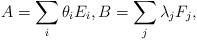
LaTeX: \begin{align*}A=\sum_i \theta_i E_i,B=\sum_j \lambda_j F_j,\end{align*}